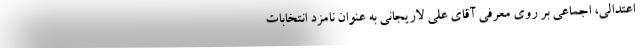
اعتدالی، اجماعی بر روی معرفی آقای علی لاریجانی به عنوان نامزد انتخابات